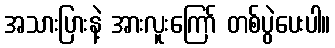
အသားပြားနဲ့ အားလူးကြော် တစ်ပွဲပေးပါ။